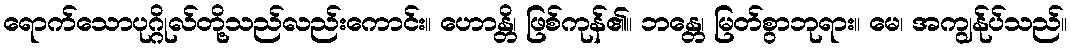
ရောက်သောပုဂ္ဂိုလ်တို့သည်လည်းကောင်း။ ဟောန္တိ၊ ဖြစ်ကုန်၏။ ဘန္တေ၊ မြတ်စွာဘုရား။ မေ၊ အကျွန်ုပ်သည်။